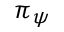
\pi _ { \psi }